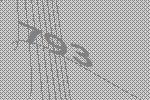
793